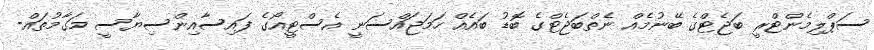
ސަޕްލިމެންޓްރީ ބަޖެޓްގެ ބޭނުމެއް ނެތްބަޖެޓްގެ ބޮޑު ބައެއް ހަމަޖައްސަނީ އެސްޓީއޯގެ ފައިސާއިންސިޔާސީ މަގާމުތައް-